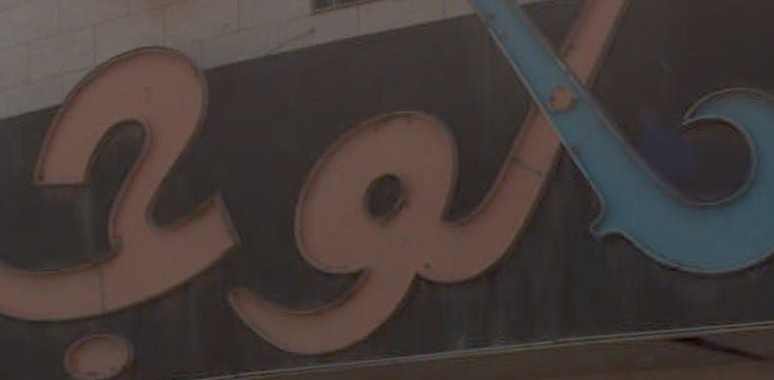
موج